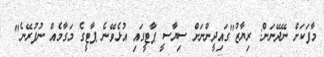
މާފަކަށް ނޭދޭނަން: ރިޔާޒު"ގައިދީންނަށް ސިޔާސީ ޕާޓީގައި އުޅެވޭނެ ޕާޓީގެ މަގާމެއް ނުފުރޭނެ"